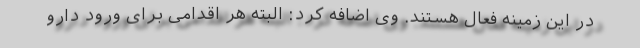
در این زمینه فعال هستند. وی اضافه کرد: البته هر اقدامی برای ورود دارو